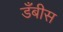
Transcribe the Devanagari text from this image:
डँबीस